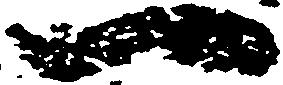
一